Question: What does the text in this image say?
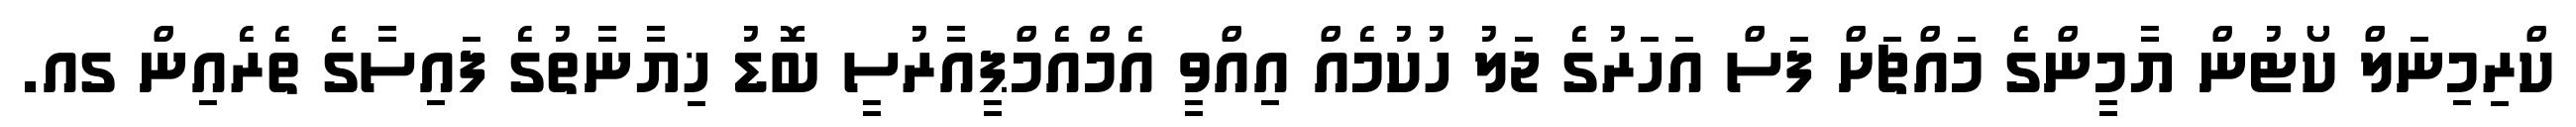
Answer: ކްރިމިނަލް ކޯޓުން ޔާމީންގެ މައްޗަށް ފަސް އަހަރުގެ ޖަލު ހުކުމެއް އިއްވީ އެމްއެމްޕީއާރުސީ ބޮޑު ޚިޔާނާތުގެ ފައިސާގެ ތެރެއިން ގއ.